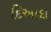
દિઆદા